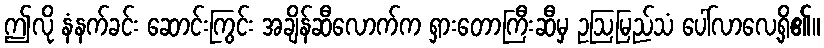
ဤလို နံနက်ခင်း ဆောင်းကြွင်း အချိန်ဆီလောက်က ရှားတောကြီးဆီမှ ဥဩမြည်သံ ပေါ်လာလေ့ရှိ၏။